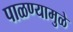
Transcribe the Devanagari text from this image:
पाळण्यामुळे